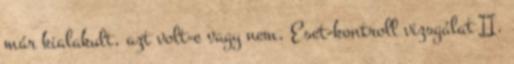
már kialakult, azt volt-e vagy nem. Eset-kontroll vizsgálat II.